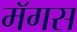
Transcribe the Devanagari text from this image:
मॅगस